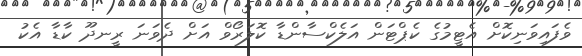
ވެފައިވަނިކޮށް އެޓީމުގެ ކެޕްޓަން އަލެކްސާންޑާ ކޮލަރޯވް އަށް ދެވަނަ ރީނދޫ ކާޑާ އެކު